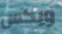
ويكس